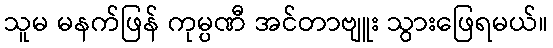
သူမ မနက်ဖြန် ကုမ္ပဏီ အင်တာဗျူး သွားဖြေရမယ်။